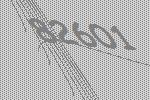
82601